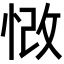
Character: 𢚲